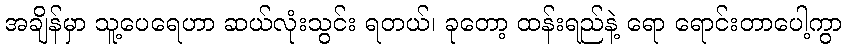
အချိန်မှာ သူ့ပေရေဟာ ဆယ်လုံးသွင်း ရတယ်၊ ခုတော့ ထန်းရည်နဲ့ ရော ရောင်းတာပေါ့ကွာ